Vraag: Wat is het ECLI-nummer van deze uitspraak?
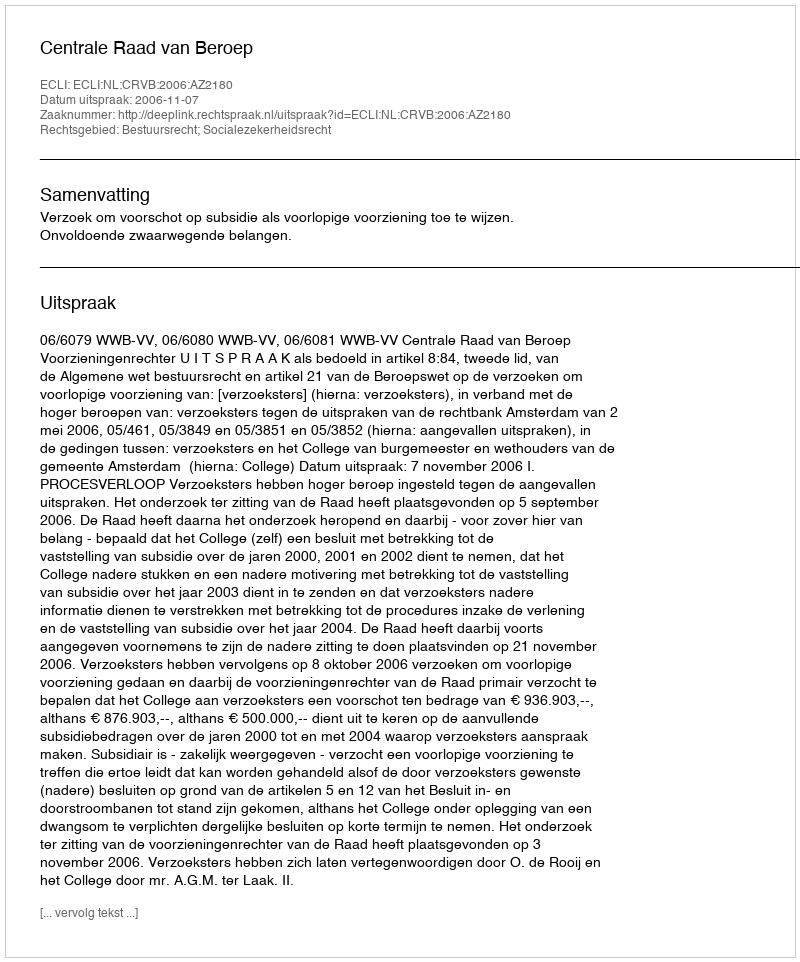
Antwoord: ECLI:NL:CRVB:2006:AZ2180